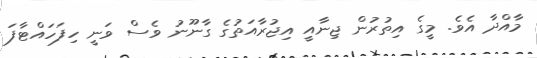
މާއްދާ އެވެ. މީގެ އިތުރުން ޖިނާއީ އިޖުރާއަތުގެ ގާނޫނު ވެސް ވަނީ ހިފަހައްޓާފަ